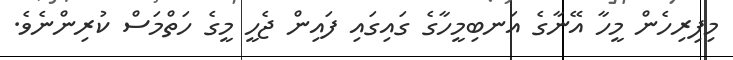
މިފިރިހެން މީހާ އޭނާގެ އަނބިމީހާގެ ގައިގައި ފައިން ޖެހީ މީގެ ހަތްމަސް ކުރިންނެވެ.